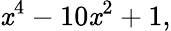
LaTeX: \mathit{x}^{4}-10\mathit{x}^{2}+1,